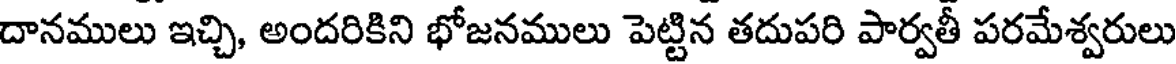
దానములు ఇచ్చి, అందరికిని భోజనములు పెట్టిన తదుపరి పార్వతీ పరమేశ్వరులు